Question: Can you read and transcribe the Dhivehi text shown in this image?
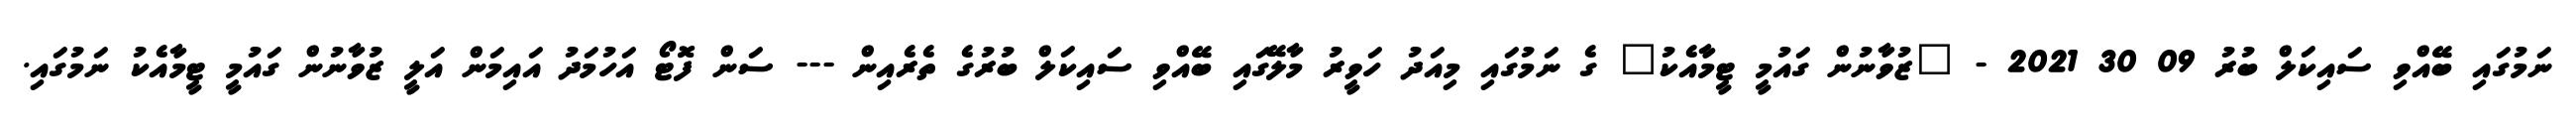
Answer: ނަމުގައި ބޭއްވި ސައިކަލް ބުރު 09 30 2021 - "ޒުވާނުން ގައުމީ ޓީމާއެކު" ގެ ނަމުގައި މިއަދު ހަވީރު މާލޭގައި ބޭއްވި ސައިކަލް ބުރުގެ ތެރެއިން --- ސަން ފޮޓޯ އަހުމަދު އައިމަން އަލީ ޒުވާނުން ގައުމީ ޓީމާއެކު ނަމުގައި.